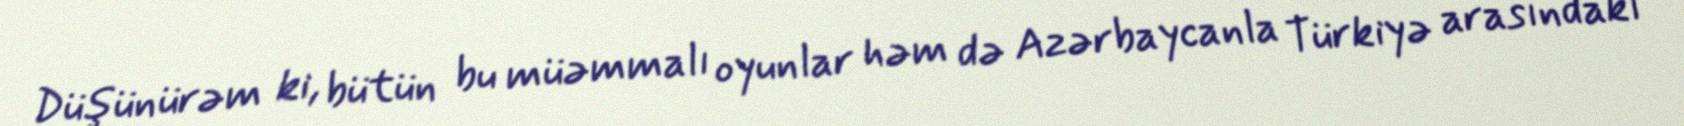
Düşünürəm ki, bütün bu müəmmalı oyunlar həm də Azərbaycanla Türkiyə arasındakı